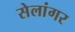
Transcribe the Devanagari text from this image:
सेलांगर